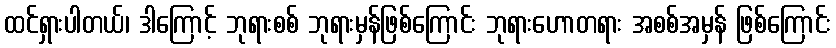
ထင်ရှားပါတယ်၊ ဒါကြောင့် ဘုရားစစ် ဘုရားမှန်ဖြစ်ကြောင်း ဘုရားဟောတရား အစစ်အမှန် ဖြစ်ကြောင်း